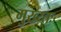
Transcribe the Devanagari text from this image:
मुख्य्तः